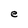
Character: e